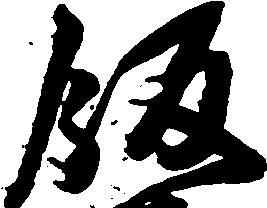
飯